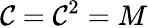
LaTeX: \mathcal{C}=\mathcal{C}^{2}=M